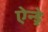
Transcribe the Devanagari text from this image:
ऐन्ड्रे